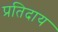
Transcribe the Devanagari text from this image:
प्रतिदाय